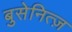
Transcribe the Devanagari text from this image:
बुसेनित्ज़